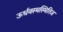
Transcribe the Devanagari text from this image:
ऊर्धवस्थस्थितिज